Scottish Leaving Certificate Examination, 1954
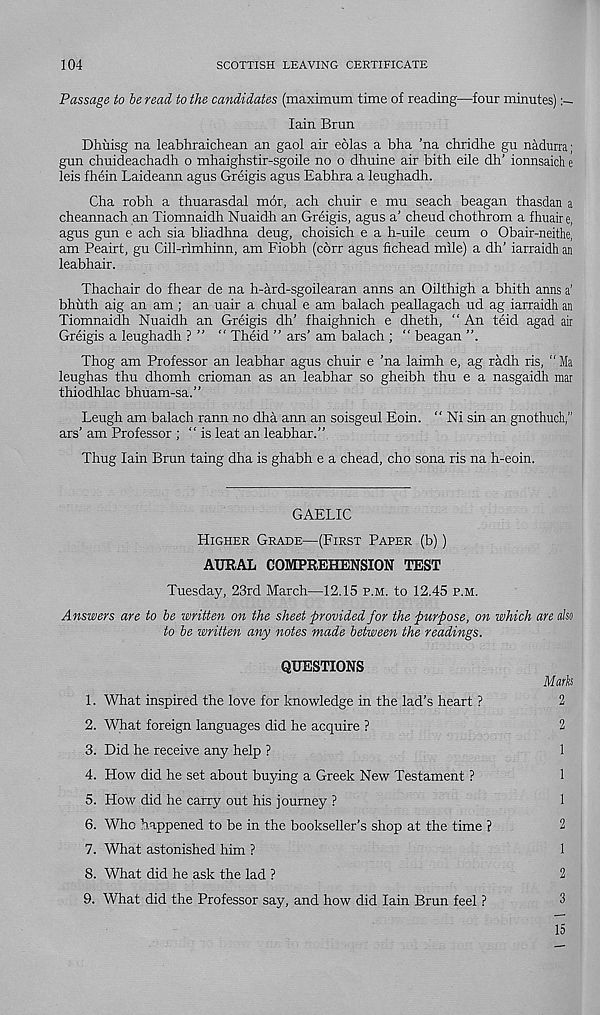
104
SCOTTISH LEAVING CERTIFICATE
Passage to be read to the candidates (maximum time of reading—four minutes)
Iain Brun
Dhuisg na leabhraichean an gaol air eolas a bha 'na chridhe gu nadurra;
gun chuideachadh o mhaighstir-sgoile no o dhuine air bith eile dh’ ionnsaich e
leis fhein Laideann agus Greigis agus Eabhra a leughadh.
Cha robh a thuarasdal mor, ach chuir e mu seach beagan thasdan a
cheannach an Tiomnaidh Nuaidh an Greigis, agus a’ cheud chothrom a fhuair e,
agus gun e ach sia bliadhna deug, choisich e a h-uile ceum o Obair-neithe,
am Peairt, gu Cill-rimhinn, am Fiobh (corr agus fichead mile) a dh’ iarraidh an
leabhair.
Thachair do fhear de na h-ard-sgoilearan anns an Oilthigh a bhith anns a’
bhiith aig an am ; an uair a chual e am balach peallagach ud ag iarraidh an
Tiomnaidh Nuaidh an Greigis dh’ fhaighnich e dheth, “ An teid agad air
Greigis a leughadh ? ” “ Theid ” ars’ am balach ; “ beagan
Thog am Professor an leabhar agus chuir e ’na laimh e, ag radh ris, " Ma
leughas thu dhomh crioman as an leabhar so gheibh thu e a nasgaidh mar
thiodhlac bhuam-sa.”
Leugh am balach rann no dha ann an soisgeul Eoin. “ Ni sin an gnothuch,”
ars’ am Professor ; “is leaf an leabhar.”
Thug Iain Brun taing dha is ghabh e a chead, cho sona ris na h-eoin.
GAELIC
Higher Grade—(First Paper (b))
AURAL COMPREHENSION TEST
Tuesday, 23rd March—12.15 p.m. to 12.45 p.m.
Answers are to be written on the sheet provided for the purpose, on which
to be written any notes made between the readings.
QUESTIONS
1. What inspired the love for knowledge in the lad’s heart ?
2. What foreign languages did he acquire ?
3. Did he receive any help ?
4. How did he set about buying a Greek New Testament ?
5. How did he carry out his journey ?
6. Who happened to be in the bookseller’s shop at the time ?
7. What astonished him ?
8. What did he ask the lad ?
9. What did the Professor say, and how did Iain Brun feel ?
are also
Marks
2
2
1
1
1
2
1
2
3
15